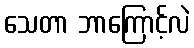
သေတာ ဘာကြောင့်လဲ